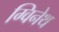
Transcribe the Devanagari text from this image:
ग्विनेथ